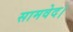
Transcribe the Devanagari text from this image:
सामवेद।